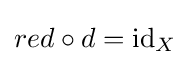
red\circ d=\mathrm {id} _{X}